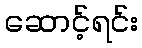
ဆောင့်ရင်း